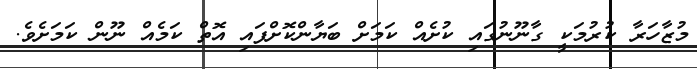
މުޒާހަރާ ކުރުމަކީ ގާނޫނުގައި ކުށެއް ކަމަށް ބަޔާންކޮށްފައި އޮތް ކަމެއް ނޫން ކަމަށެވެ.